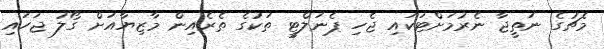
މެޗުގެ ނަތީޖާ ނެރުމަށްޓަކައި ޖެހި ޕެނަލްޓީ ތަކުގެ ތެރެއިން މާޒިޔާއަށް ގޯލު ޖަހައި